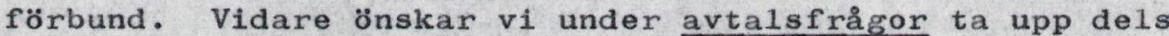
förbund. Vidare önskar vi under avtalsfrågor ta upp dels